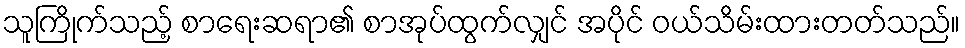
သူကြိုက်သည့် စာရေးဆရာ၏ စာအုပ်ထွက်လျှင် အပိုင် ဝယ်သိမ်းထားတတ်သည်။